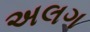
અલગ